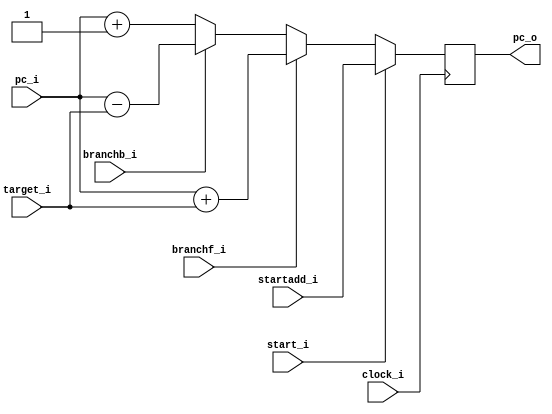
module pc(
	input [7:0] pc_i,
	input clock_i,
	input start_i,
	input [7:0] startadd_i,
	input branchb_i,
	input branchf_i,
	input [7:0] target_i,  //PC-relative address not absolute
	output reg [7:0] pc_o);
	
	reg [14:0] dynaminstructcount;
initial begin
	dynaminstructcount = 0;
end
	
always @(posedge clock_i)
begin
	if(start_i == 1) 
		pc_o <= startadd_i;
		
	else if(branchf_i == 1) 
		pc_o <= pc_i + target_i;
		
	else if(branchb_i == 1) 
		pc_o <= pc_i - target_i;
		
	else begin
		pc_o <= pc_i+ 1;
	end
		
	if(!branchb_i && !branchf_i)begin
		dynaminstructcount = dynaminstructcount + 1;		
	end
		
end

endmodule